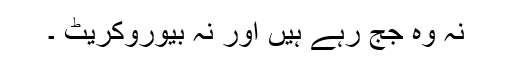
نہ وہ جج رہے ہیں اور نہ بیوروکریٹ ۔